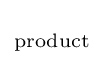
\scriptstyle {\text{product}}